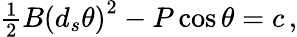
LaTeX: \begin{array}{r}{\frac{1}{2}B\left(d_{s}\theta\right)^{2}-P\cos\theta=c\, ,}\end{array}